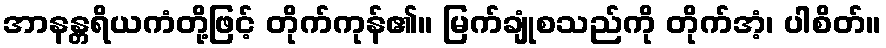
အာနန္တရိယကံတို့ဖြင့် တိုက်ကုန်၏။ မြက်ချုံစသည်ကို တိုက်အံ့၊ ပါစိတ်။